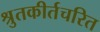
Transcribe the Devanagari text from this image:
श्रुतकीर्तचरित